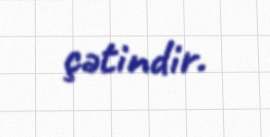
çətindir.